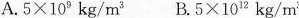
$$A.5×10^9kg/m^3$$ $$B.5×10^12kg/m^3$$